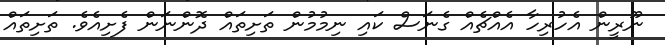
ނޫރީން އެހުރިހާ އެއްޗެއް ގެނަސް ކައި ނިމުމުން ތަށިތައް ދޮންނަން ފެށިއެވެ. ތަށިތައް